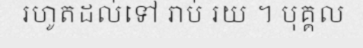
រហូតដល់ទៅ រាប់ រយ ។ បុគ្គល